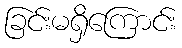
ခြင်းမရှိကြောင်း